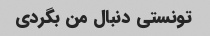
تونستی دنبال من بگردی